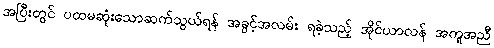
အပြီးတွင် ပထမဆုံးသောဆက်သွယ်ရန် အခွင့်အလမ်း ရခဲ့သည့် အိုင်ယာလန် အကူအညီ